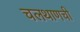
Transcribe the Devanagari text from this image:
चलथाणची